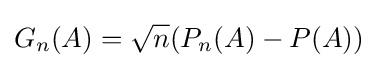
G_{n}(A)={\sqrt {n}}(P_{n}(A)-P(A))